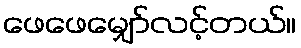
ဖေဖေမျှော်လင့်တယ်။